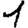
Digit: 1